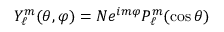
Y _ { \ell } ^ { m } ( \theta , \varphi ) = N e ^ { i m \varphi } P _ { \ell } ^ { m } ( \cos { \theta } )